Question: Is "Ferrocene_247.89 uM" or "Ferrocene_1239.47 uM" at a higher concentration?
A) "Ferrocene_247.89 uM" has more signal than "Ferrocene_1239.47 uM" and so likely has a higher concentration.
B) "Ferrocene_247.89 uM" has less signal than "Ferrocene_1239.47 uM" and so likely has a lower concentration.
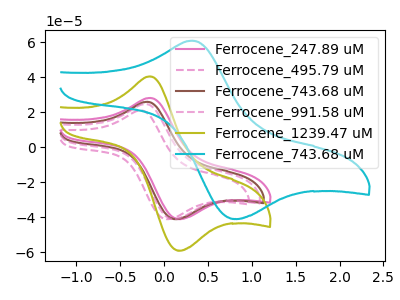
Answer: <think>The pink curve "Ferrocene_247.89 uM" has an anodic peak at (-0.15V, 28.10uA) and a cathodic peak at (0.20V, -41.10uA). The pink dashed curve "Ferrocene_495.79 uM" has an anodic peak at (-0.25V, 21.00uA) and a cathodic peak at (0.05V, -41.10uA). The brown curve "Ferrocene_743.68 uM" has an anodic peak at (-0.20V, 25.90uA) and a cathodic peak at (0.15V, -41.10uA). The pink dashed curve "Ferrocene_991.58 uM" has an anodic peak at (-0.20V, 24.65uA) and a cathodic peak at (0.10V, -41.10uA). The olive curve "Ferrocene_1239.47 uM" has an anodic peak at (-0.15V, 40.45uA) and a cathodic peak at (0.20V, -59.15uA). The cyan curve "Ferrocene_743.68 uM" has an anodic peak at (0.35V, 60.85uA) and a cathodic peak at (0.85V, -41.05uA).
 All the peaks in "Ferrocene_247.89 uM" have a peak in "Ferrocene_1239.47 uM" at the same potential. Every peak in "Ferrocene_247.89 uM" is lower than every peak in "Ferrocene_1239.47 uM".</think>
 <answer>B) "Ferrocene_247.89 uM" has less signal than "Ferrocene_1239.47 uM" and so likely has a lower concentration.</answer>
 <eval>B</eval>